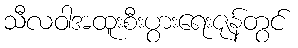
သီလဝါအထူးစီးပွားရေးဇုန်တွင်